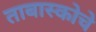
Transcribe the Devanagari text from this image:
ताबास्कोचे